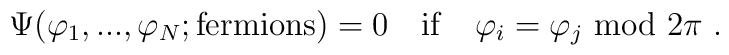
\Psi(\varphi_1,...,\varphi_N;{\rm fermions}) = 0 \quad {\rm if} \quad\varphi_i=\varphi_j \ {\rm mod}\  2\pi \ .